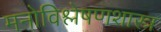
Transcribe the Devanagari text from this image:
मनोविश्लेषणशास्त्र